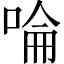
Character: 㖮